Indian journal of veterinary science and animal husbandry - Volume 4,
Year: 1934
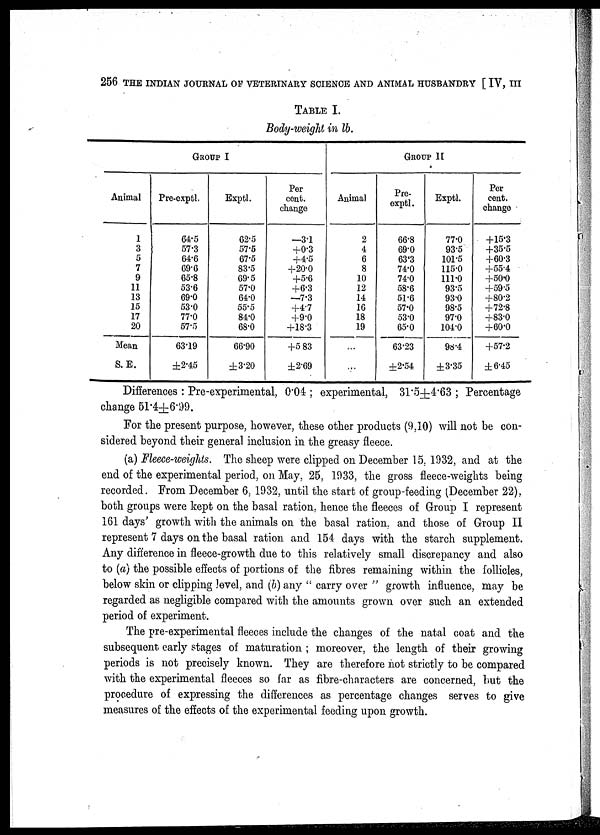
256 THE INDIAN JOURNAL OF VETERINARY SCIENCE AND ANIMAL HUSBANDRY [ IV, III
TABLE I.
Body-weight in lb.
GROUP I
Animal
1
3
5
7
9
11
13
15
17
20
Mean
S. E.
Pre-exptl,
64.5
57.3
64.6
69.6
65.8
53.6
69.0
53.0
77.0
57.5
63.19
±2.45
Exptl.
62.5
57.5
67.5
83.5
69.5
57.0
64.0
55.5
84.0
68.0
66.90
±3.20
Per
cent.
change
—3.1
+0.3
+4.5
+20.0
+5.6
+6.3
—7.3
+4.7
+9.0
+18.3
+5 83
±2.69
Animal
2
4
6
8
10
12
14
16
18
19
...
...
GROUP II
Pre-
exptl.
66.8
69.0
63.3
74.0
74.0
58.6
51.6
57.0
53.0
65.0
63.23
±2.54
Exptl.
77.0
93.5
101.5
115.0
111.0
93.5
93.0
98.5
97.0
104.0
98.4
±3.35
Per
cent.
change
+15.3
+35.5
+60.3
+55.4
+50.0
+59.5
+80.2
+72.8
+83.0
+60.0
+57.2
±6.45
Differences : Pre-experimental, 0.04 ; experimental, 31.5±4.63 ; Percentage
change 51.4±6.99.
For the present purpose, however, these other products (9,10) will not be con-
sidered beyond their general inclusion in the greasy fleece.
(a) Fleece-weights. The sheep were clipped on December 15, 1932, and at the
end of the experimental period, on May, 25, 1933, the gross fleece-weights being
recorded. From December 6, 1932, until the start of group-feeding (December 22),
both groups were kept on the basal ration, hence the fleeces of Group I represent
161 days' growth with the animals on the basal ration. and those of Group II
represent 7 days on the basal ration and 154 days with the starch supplement.
Any difference in fleece-growth due to this relatively small discrepancy and also
to (a) the possible effects of portions of the fibres remaining within the follicles,
below skin or clipping level, and (b) any " carry over " growth influence, may be
regarded as negligible compared with the amounts grown over such an extended
period of experiment.
The pre-experimental fleeces include the changes of the natal coat and the
subsequent early stages of maturation ; moreover, the length of their growing
periods is not precisely known. They are therefore not strictly to be compared
with the experimental fleeces so far as fibre-characters are concerned, but the
procedure of expressing the differences as percentage changes serves to give
measures of the effects of the experimental feeding upon growth.